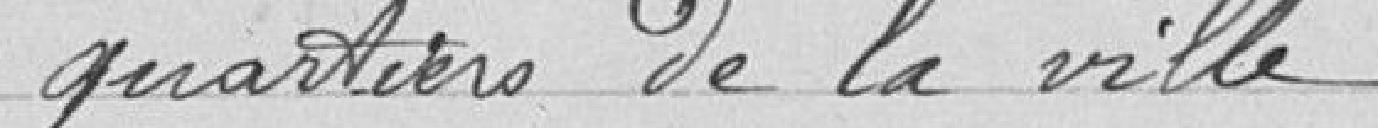
quartiers de la ville.